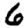
Digit: 6